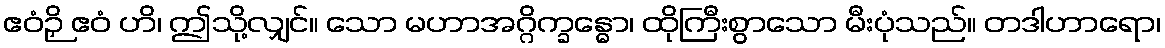
ဧဝံဉှိ ဧဝံ ဟိ၊ ဤသို့လျှင်။ သော မဟာအဂ္ဂိက္ခန္ဓော၊ ထိုကြီးစွာသော မီးပုံသည်။ တဒါဟာရော၊